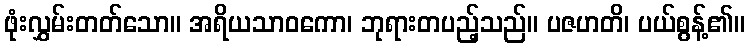
ဖုံးလွှမ်းတတ်သော။ အရိယသာဝကော၊ ဘုရားတပည့်သည်။ ပဇဟတိ၊ ပယ်စွန့်၏။